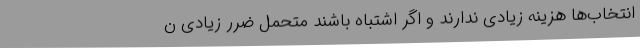
انتخاب‌ها هزینه زیادی ندارند و اگر اشتباه باشند متحمل ضرر زیادی ن